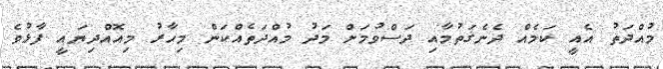
މުއްދަތު އެއީ ކަމެއް ދެނެގަތުމާއި ދަސްވުމަށް މަދު މުއްދަތެއްކަން މިހާރު މިއޮއްދިޔައީ ފާޅުވެ